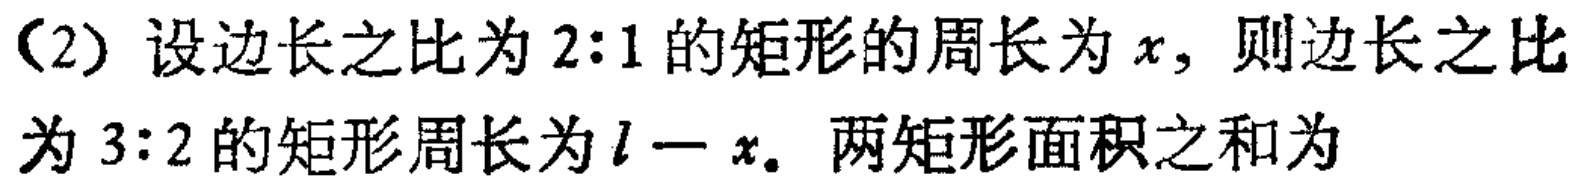
(2) 设边长之比为 \(2:1\) 的矩形的周长为 \(x\)，则边长之比为 \(3:2\) 的矩形周长为 \(l - x\). 两矩形面积之和为